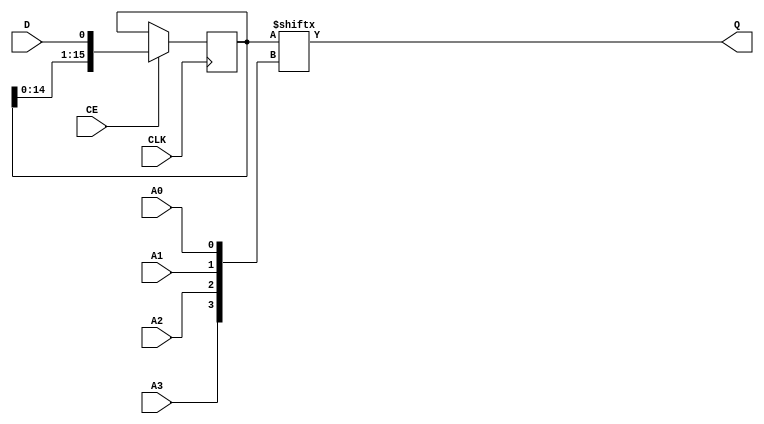
//    Xilinx Proprietary Primitive Cell X_SRL16E for Verilog
//
// $Header: /devl/xcs/repo/env/Databases/CAEInterfaces/verplex_libs/data/simprims/X_SRL16E.v,v 1.3.198.3 2004/09/28 20:47:46 wloo Exp $
//

// `celldefine
`timescale 1 ps/1 ps

module X_SRL16E (Q, A0, A1, A2, A3, CE, CLK, D);

  parameter INIT = 16'h0000;

  output Q;
  input  A0, A1, A2, A3, CE, CLK, D;

  reg  [5:0]  count;
  reg  [15:0] data;
  wire [3:0]  addr;
  wire d_in, ce_in, clk_in;

  buf b_d (d_in, D);
  buf b_ce (ce_in, CE);
  buf b_clk (clk_in, CLK);

  buf b_a3 (addr[3], A3);
  buf b_a2 (addr[2], A2);
  buf b_a1 (addr[1], A1);
  buf b_a0 (addr[0], A0);

  assign Q = data[addr];

// synopsys translate_off
  initial begin
    for (count = 0; count < 16; count = count + 1)
      data[count] <= INIT[count];
  end
// synopsys translate_on

  always @(posedge clk_in) begin
    if (ce_in == 1'b1) begin
      {data[15:0]} <= {data[14:0], d_in};
    end
  end

endmodule